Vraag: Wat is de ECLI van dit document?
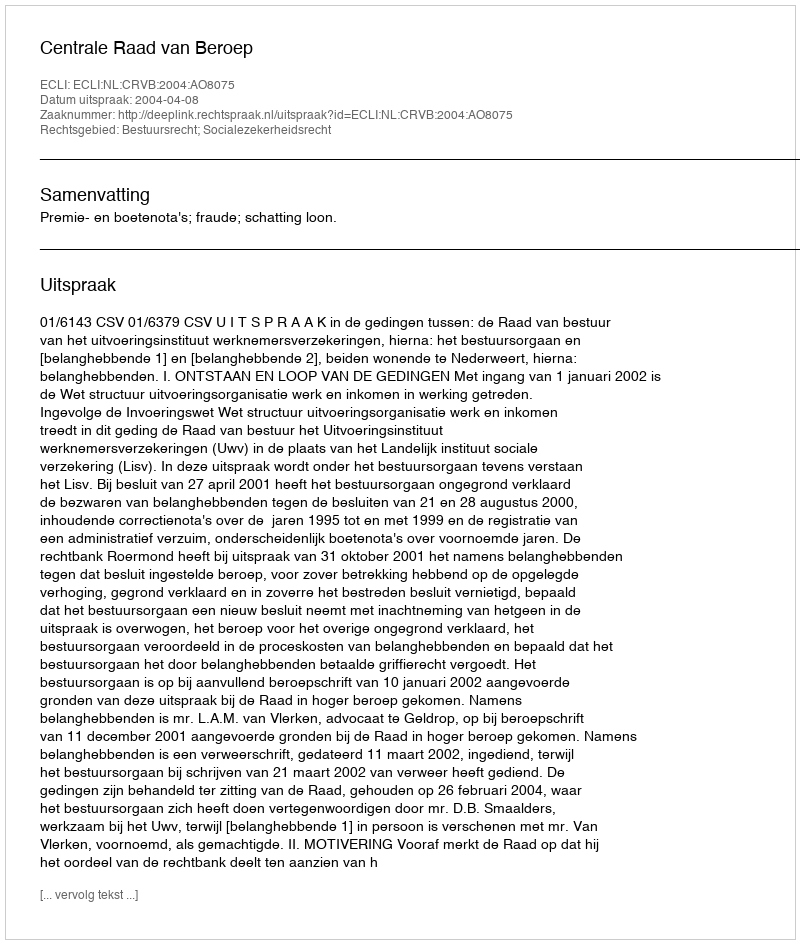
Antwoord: ECLI:NL:CRVB:2004:AO8075